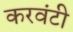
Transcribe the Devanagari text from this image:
करवंटी